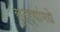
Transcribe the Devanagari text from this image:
सुट्ट्यांमधे